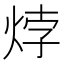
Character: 㶿